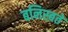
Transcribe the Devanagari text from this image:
बनिस्बते